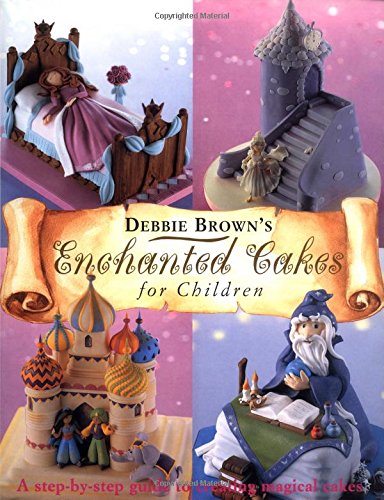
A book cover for Enchanted Cakes for Children (Merehurst Cake Decorating); Debbie Brown; Cookbooks, Food & Wine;